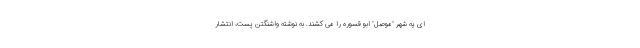
ای یه شهر "موصل" ابو قسوره را می کشند. به نوشته واشنگتن پست، انتشار